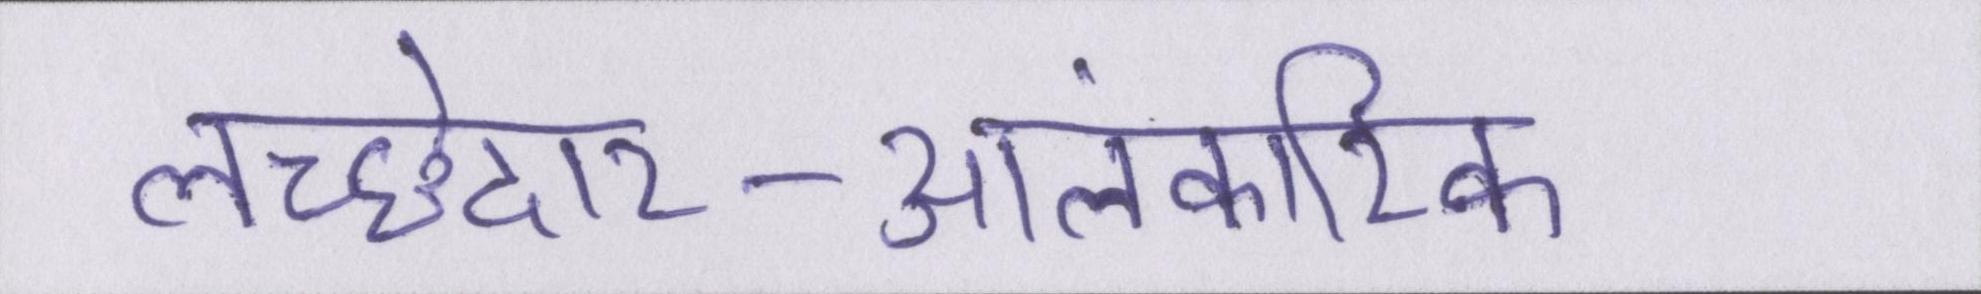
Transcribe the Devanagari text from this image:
लच्छेदार-आलंकारिक